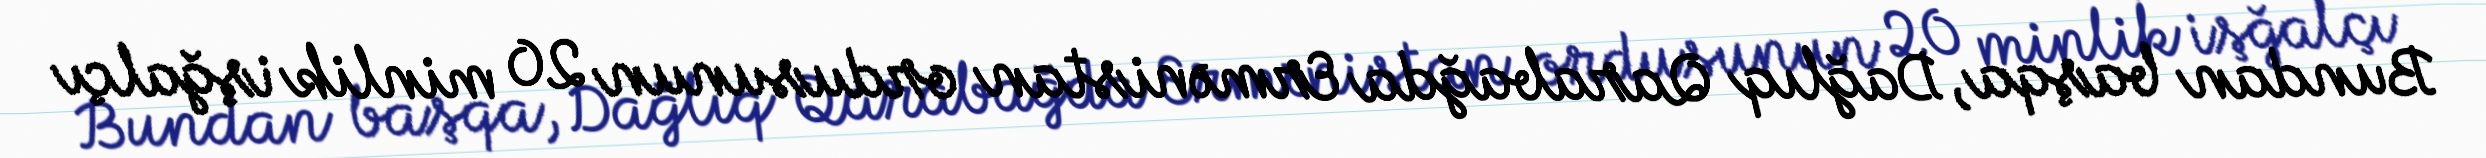
Bundan başqa, Dağlıq Qarabağda Ermənistan ordusunun 20 minlik işğalçı